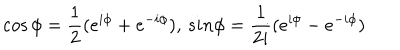
LaTeX: \cos \phi = \frac { 1 } { 2 } ( e ^ { i \phi } + e ^ { - i \phi } ) , \, s i n \phi = \frac { 1 } { 2 i } ( e ^ { i \phi } - e ^ { - i \phi } )